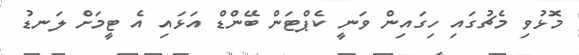
މޮޅުވި މެޗުގައި ހިގައިން ވަނީ ކެޕްޓަން ބޭންޑް އަޅައި އެ ޓީމަށް ލަނޑު